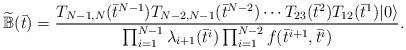
LaTeX: \begin{align*} \widetilde{\mathbb{B}}(\bar t)=\frac{T_{N-1,N}(\bar t^{N-1})T_{N-2,N-1}(\bar t^{N-2}) \cdots T_{23}(\bar t^2) T_{12}(\bar t^1) |0\rangle} {\prod_{i=1}^{N-1}\lambda_{i+1}(\bar t^{i})\prod_{i=1}^{N-2} f(\bar t^{i+1},\bar t^i)}.\end{align*}